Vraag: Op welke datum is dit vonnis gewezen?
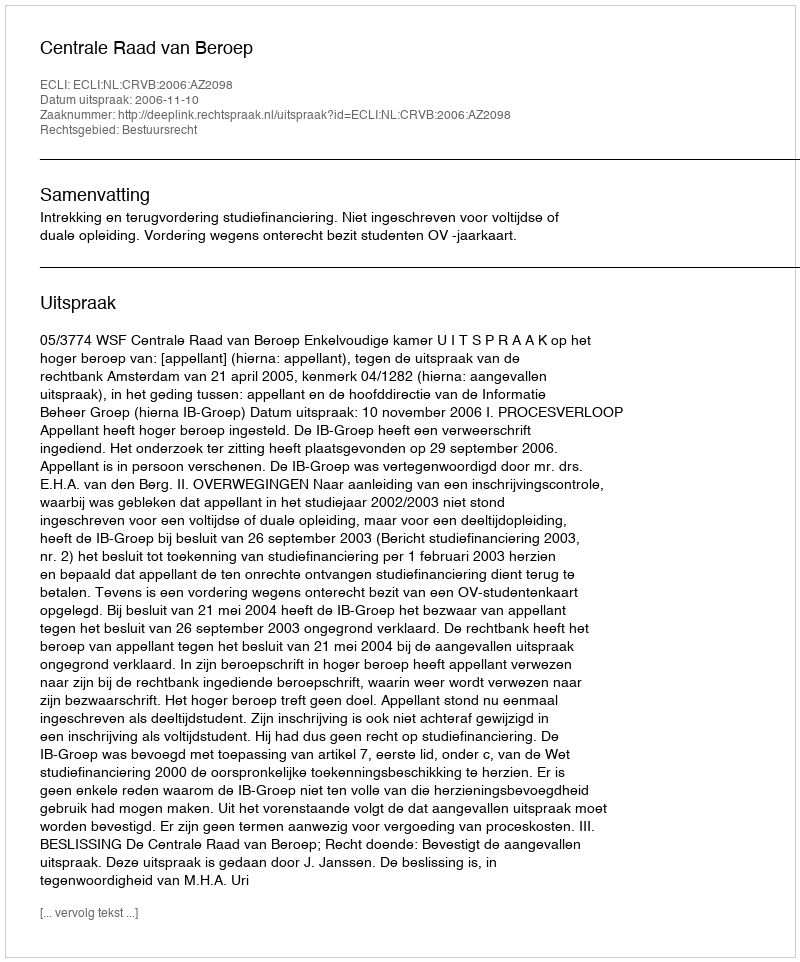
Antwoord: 2006-11-10